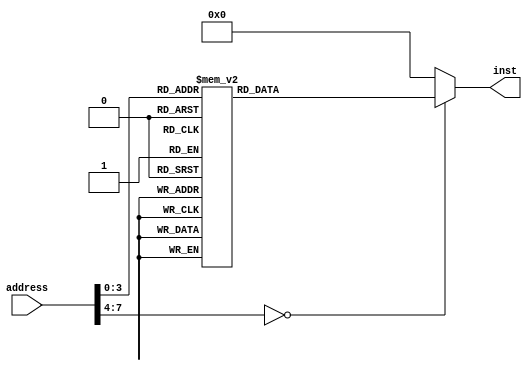
module instRom_5 (
    input [7:0] address,
    output reg [15:0] inst
  );
  
  
  
  always @* begin
    inst = 16'h0000;
    
    case (address)
      1'h0: begin
        inst = 16'h31fd;
      end
      1'h1: begin
        inst = 16'h2110;
      end
      2'h2: begin
        inst = 16'h6100;
      end
      2'h3: begin
        inst = 16'h3000;
      end
      3'h4: begin
        inst = 16'h32fa;
      end
      3'h5: begin
        inst = 16'h33fb;
      end
      3'h6: begin
        inst = 16'h34fc;
      end
      3'h7: begin
        inst = 16'h2120;
      end
      4'h8: begin
        inst = 16'h2130;
      end
      4'h9: begin
        inst = 16'h2140;
      end
    endcase
  end
endmodule